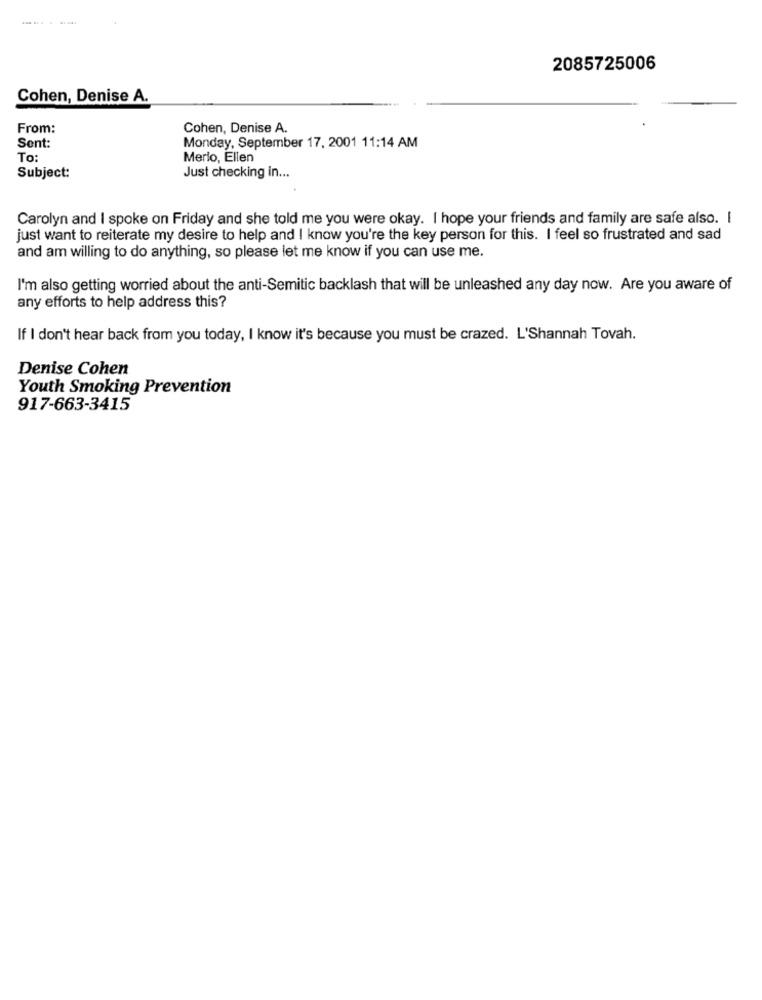
2085725006
Cohen, Denise A.
From:
Cohen, Denise A.
Sent:
Monday, September 17, 2001 11:14 AM
To:
Merlo, Ellen
Subject:
Just checking in ...
Carolyn and I spoke on Friday and she told me you were okay. I hope your friends and family are safe also. I
just want to reiterate my desire to help and I know you're the key person for this. I feel so frustrated and sad
and am willing to do anything, so please let me know if you can use me.
I'm also getting worried about the anti-Semitic backlash that will be unleashed any day now. Are you aware of
any efforts to help address this?
If I don't hear back from you today, I know it's because you must be crazed. L'Shannah Tovah.
Denise Cohen
Youth Smoking Prevention
917-663-3415